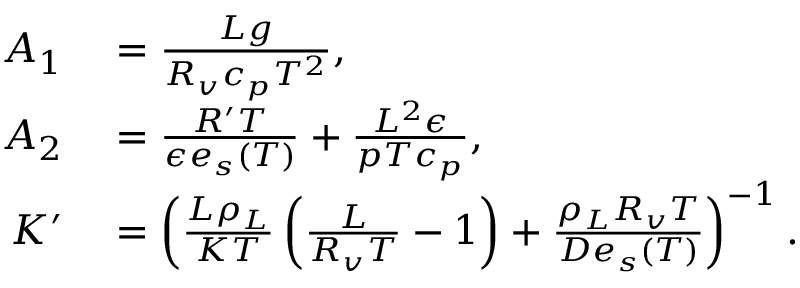
\begin{array} { r l } { A _ { 1 } } & { { } = \frac { L g } { R _ { v } c _ { p } T ^ { 2 } } , } \\ { A _ { 2 } } & { { } = \frac { R ^ { \prime } T } { \epsilon e _ { s } ( T ) } + \frac { L ^ { 2 } \epsilon } { p T c _ { p } } , } \\ { K ^ { \prime } } & { { } = \left( \frac { L \rho _ { L } } { K T } \left( \frac { L } { R _ { v } T } - 1 \right) + \frac { \rho _ { L } R _ { v } T } { D e _ { s } ( T ) } \right) ^ { - 1 } . } \end{array}